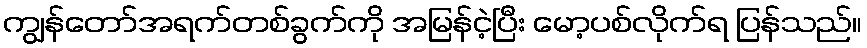
ကျွန်တော်အရက်တစ်ခွက်ကို အမြန်ငဲ့ပြီး မော့ပစ်လိုက်ရ ပြန်သည်။